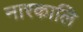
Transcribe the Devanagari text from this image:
नारकालि